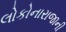
લોકોનારાજાની